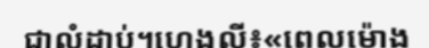
ជាលំដាប់។ហេងលី៖«ពេលម៉ោង